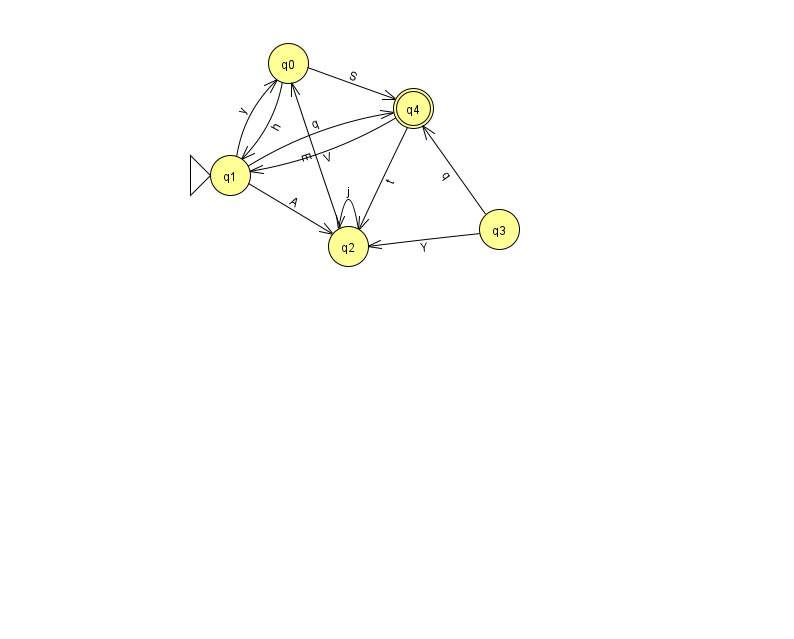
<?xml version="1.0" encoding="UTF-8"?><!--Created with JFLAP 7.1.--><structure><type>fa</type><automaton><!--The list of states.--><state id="0" name="q0"><x>288.0</x><y>50.0</y></state><state id="1" name="q1"><x>230.0</x><y>162.0</y><initial/></state><state id="2" name="q2"><x>348.0</x><y>233.0</y></state><state id="3" name="q3"><x>499.0</x><y>216.0</y></state><state id="4" name="q4"><x>413.0</x><y>95.0</y><final/></state><!--The list of transitions.--><transition><from>0</from><to>4</to><read>S</read></transition><transition><from>4</from><to>2</to><read>t</read></transition><transition><from>1</from><to>4</to><read>q</read></transition><transition><from>2</from><to>0</to><read>E</read></transition><transition><from>4</from><to>1</to><read>V</read></transition><transition><from>1</from><to>2</to><read>A</read></transition><transition><from>3</from><to>4</to><read>q</read></transition><transition><from>1</from><to>0</to><read>y</read></transition><transition><from>0</from><to>1</to><read>h</read></transition><transition><from>2</from><to>2</to><read>j</read></transition><transition><from>3</from><to>2</to><read>Y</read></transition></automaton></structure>